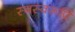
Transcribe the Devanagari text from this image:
स्वस्वरूपिं